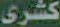
كشرى